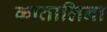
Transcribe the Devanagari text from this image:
कातालिना